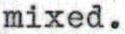
mixed.